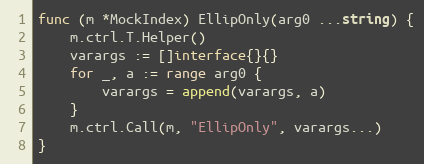
Language: Go
func (m *MockIndex) EllipOnly(arg0 ...string) {
	m.ctrl.T.Helper()
	varargs := []interface{}{}
	for _, a := range arg0 {
		varargs = append(varargs, a)
	}
	m.ctrl.Call(m, "EllipOnly", varargs...)
}